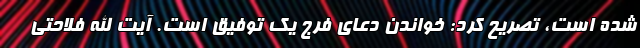
شده است، تصریح کرد: خواندن دعای فرج یک توفیق است. آیت الله فلاحتی